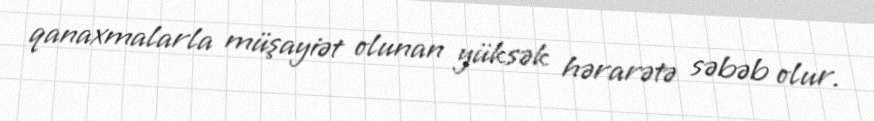
qanaxmalarla müşayiət olunan yüksək hərarətə səbəb olur.